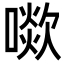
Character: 㗵